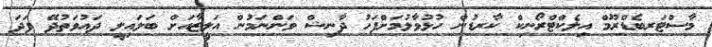
މާސްޓަރބެޑްރޫމް އިލެކްޓްރޯނިކް ކާރޑުން ހުޅުވާލުމަށްފަހު ދާނިޝް ވަންނަމުން އަލީޒާއަށް ބަލައިލީ ދައުވަތުދޭ ފަދަ